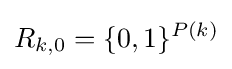
R_{k,0}=\{0,1\}^{P(k)}